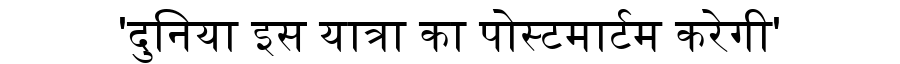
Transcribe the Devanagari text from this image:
'दुनिया इस यात्रा का पोस्टमार्टम करेगी'